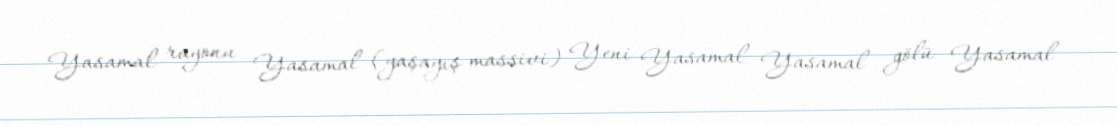
Yasamal rayonu Yasamal (yaşayış massivi) Yeni Yasamal Yasamal gölü Yasamal